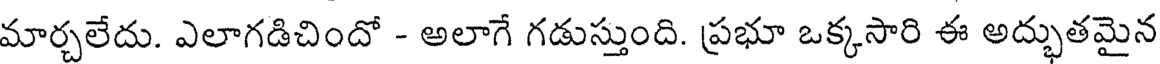
మార్చలేదు. ఎలాగడిచిందో - అలాగే గడుస్తుంది. ప్రభూ ఒక్కసారి ఈ అద్భుతమైన